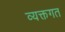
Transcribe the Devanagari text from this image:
व्यक्तगत